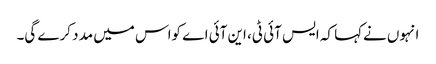
انہوں نےکہا کہ ایس آئی ٹی، این آئی اے کواس میں مد د کرے گی۔